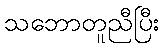
သဘောတူညီပြီး